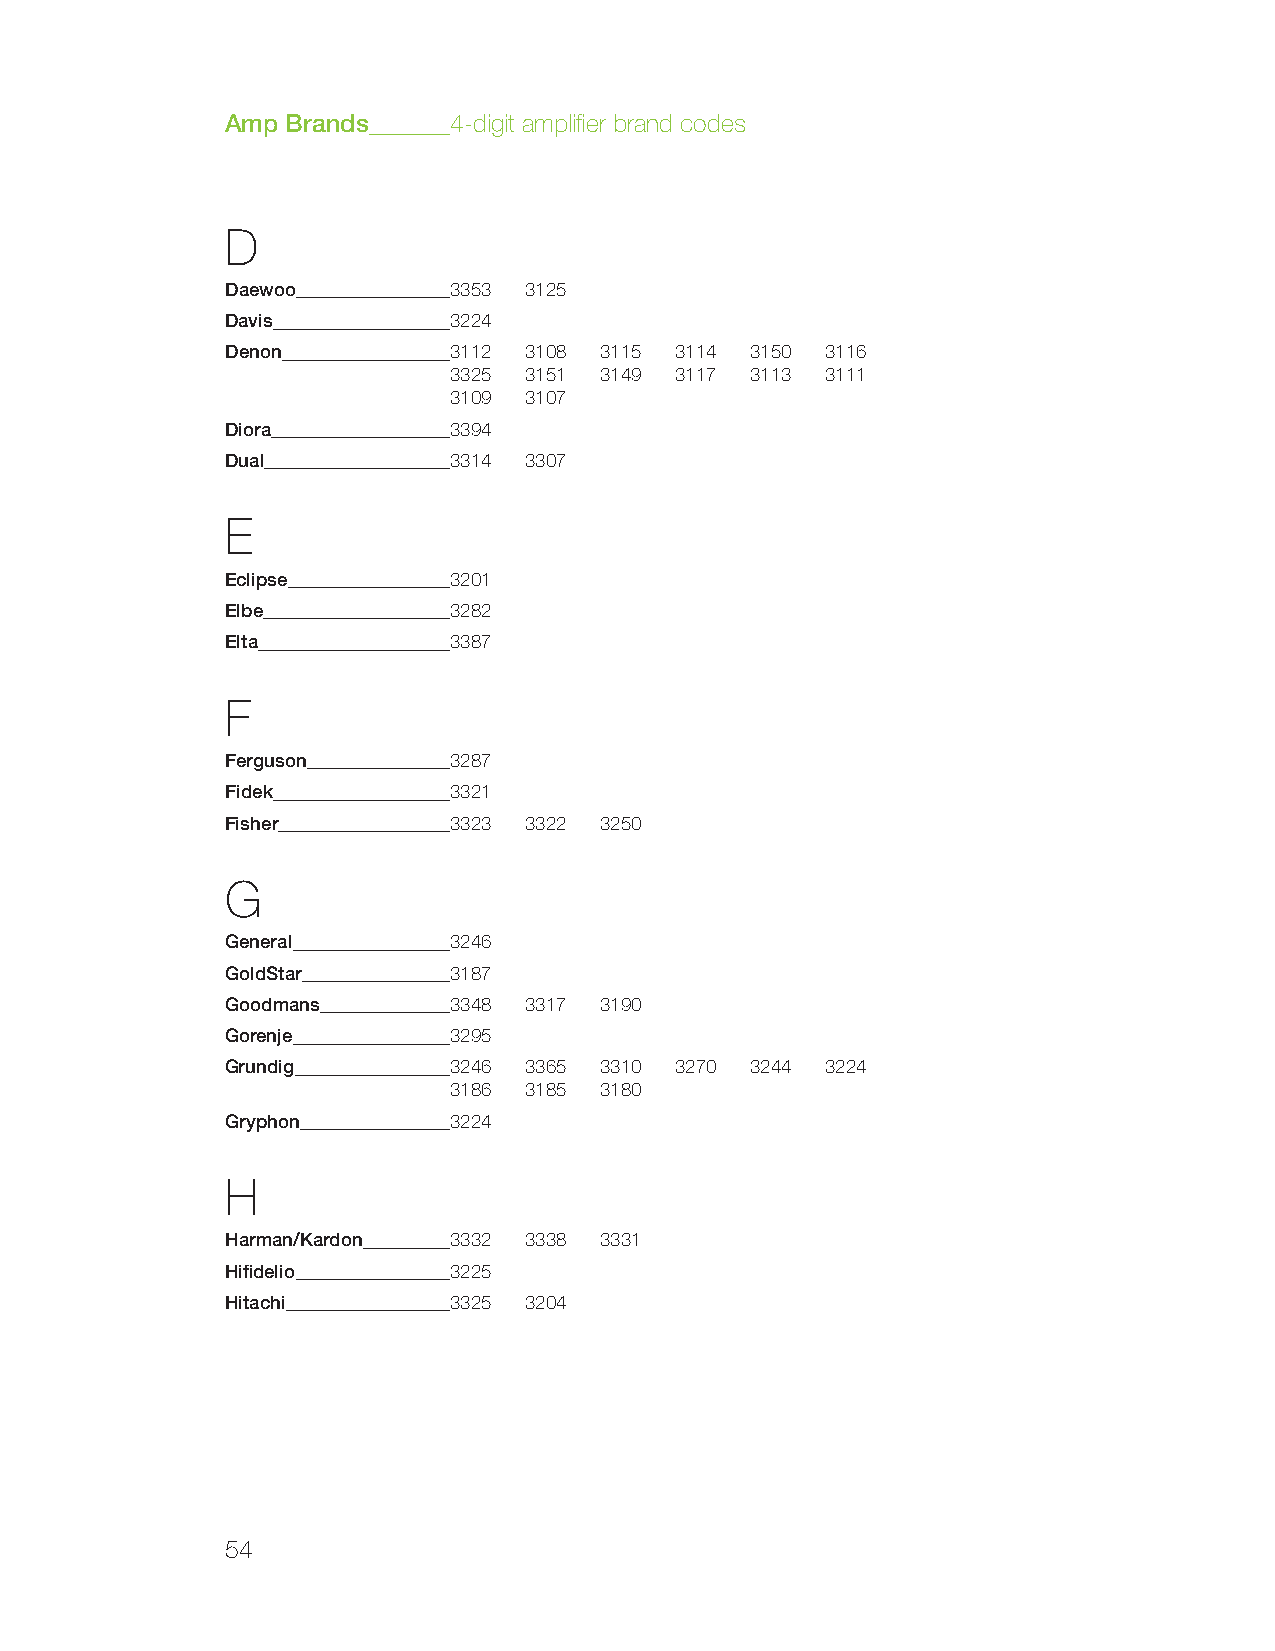
Amp Brands     4-digit amplifier brand codes
 D
 Daewoo         3353 3125
 Davis          3224
 Denon          3112 3108 3115 3114 3150 3116
 3325 3151 3149 3117 3113 3111
 3109 3107
 Diora          3394
 Dual           3314 3307
 E
 Eclipse        3201
 Elbe           3282
 Elta           3387
 F
 Ferguson       3287
 Fidek          3321
 Fisher         3323 3322 3250
 G
 General        3246
 GoldStar       3187
 Goodmans       3348 3317 3190
 Gorenje        3295
 Grundig        3246 3365 3310 3270 3244 3224
 3186 3185 3180
 Gryphon        3224
 H
 Harman/Kardon  3332 3338 3331
 Hifidelio      3225
 Hitachi        3325 3204
 54